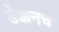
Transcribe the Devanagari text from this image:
डेक्कनचे